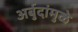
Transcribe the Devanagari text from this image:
अर्बुदांमुळे